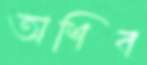
অশিব